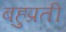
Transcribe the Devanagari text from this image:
बहुप्रती